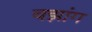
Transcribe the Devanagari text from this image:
बझांग